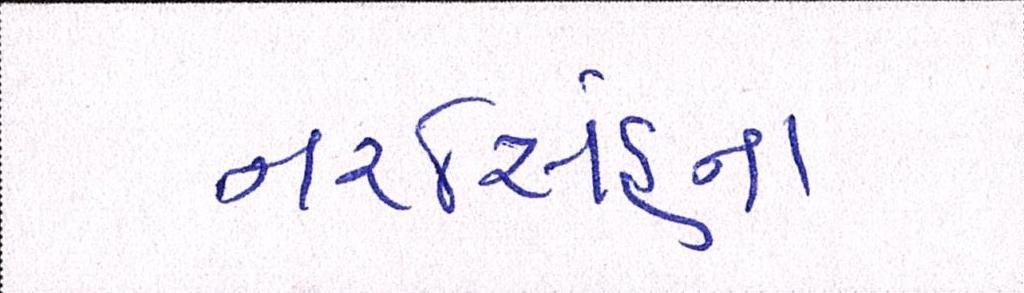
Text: નરસિંહના